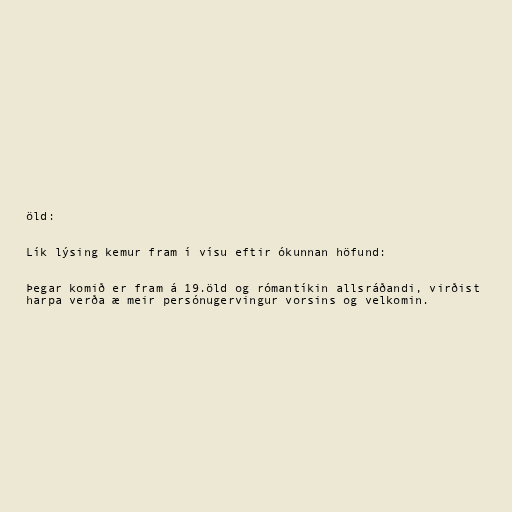
öld:

Lík lýsing kemur fram í vísu eftir ókunnan höfund:

Þegar komið er fram á 19.öld og rómantíkin allsráðandi, virðist
harpa verða æ meir persónugervingur vorsins og velkomin.